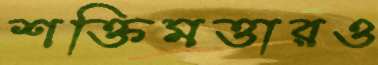
শক্তিমত্তারও